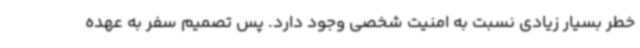
خطر بسیار زیادی نسبت به امنیت شخصی وجود دارد. پس تصمیم سفر به عهده